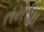
તમસા